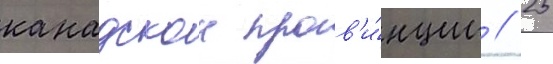
канадскои пров'и́нции // 25